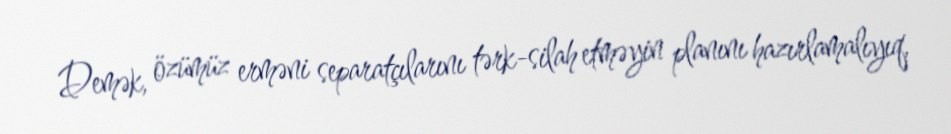
Demək, özümüz erməni separatçılarını tərk-silah etməyin planını hazırlamalıyıq,